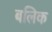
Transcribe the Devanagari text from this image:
बलिक